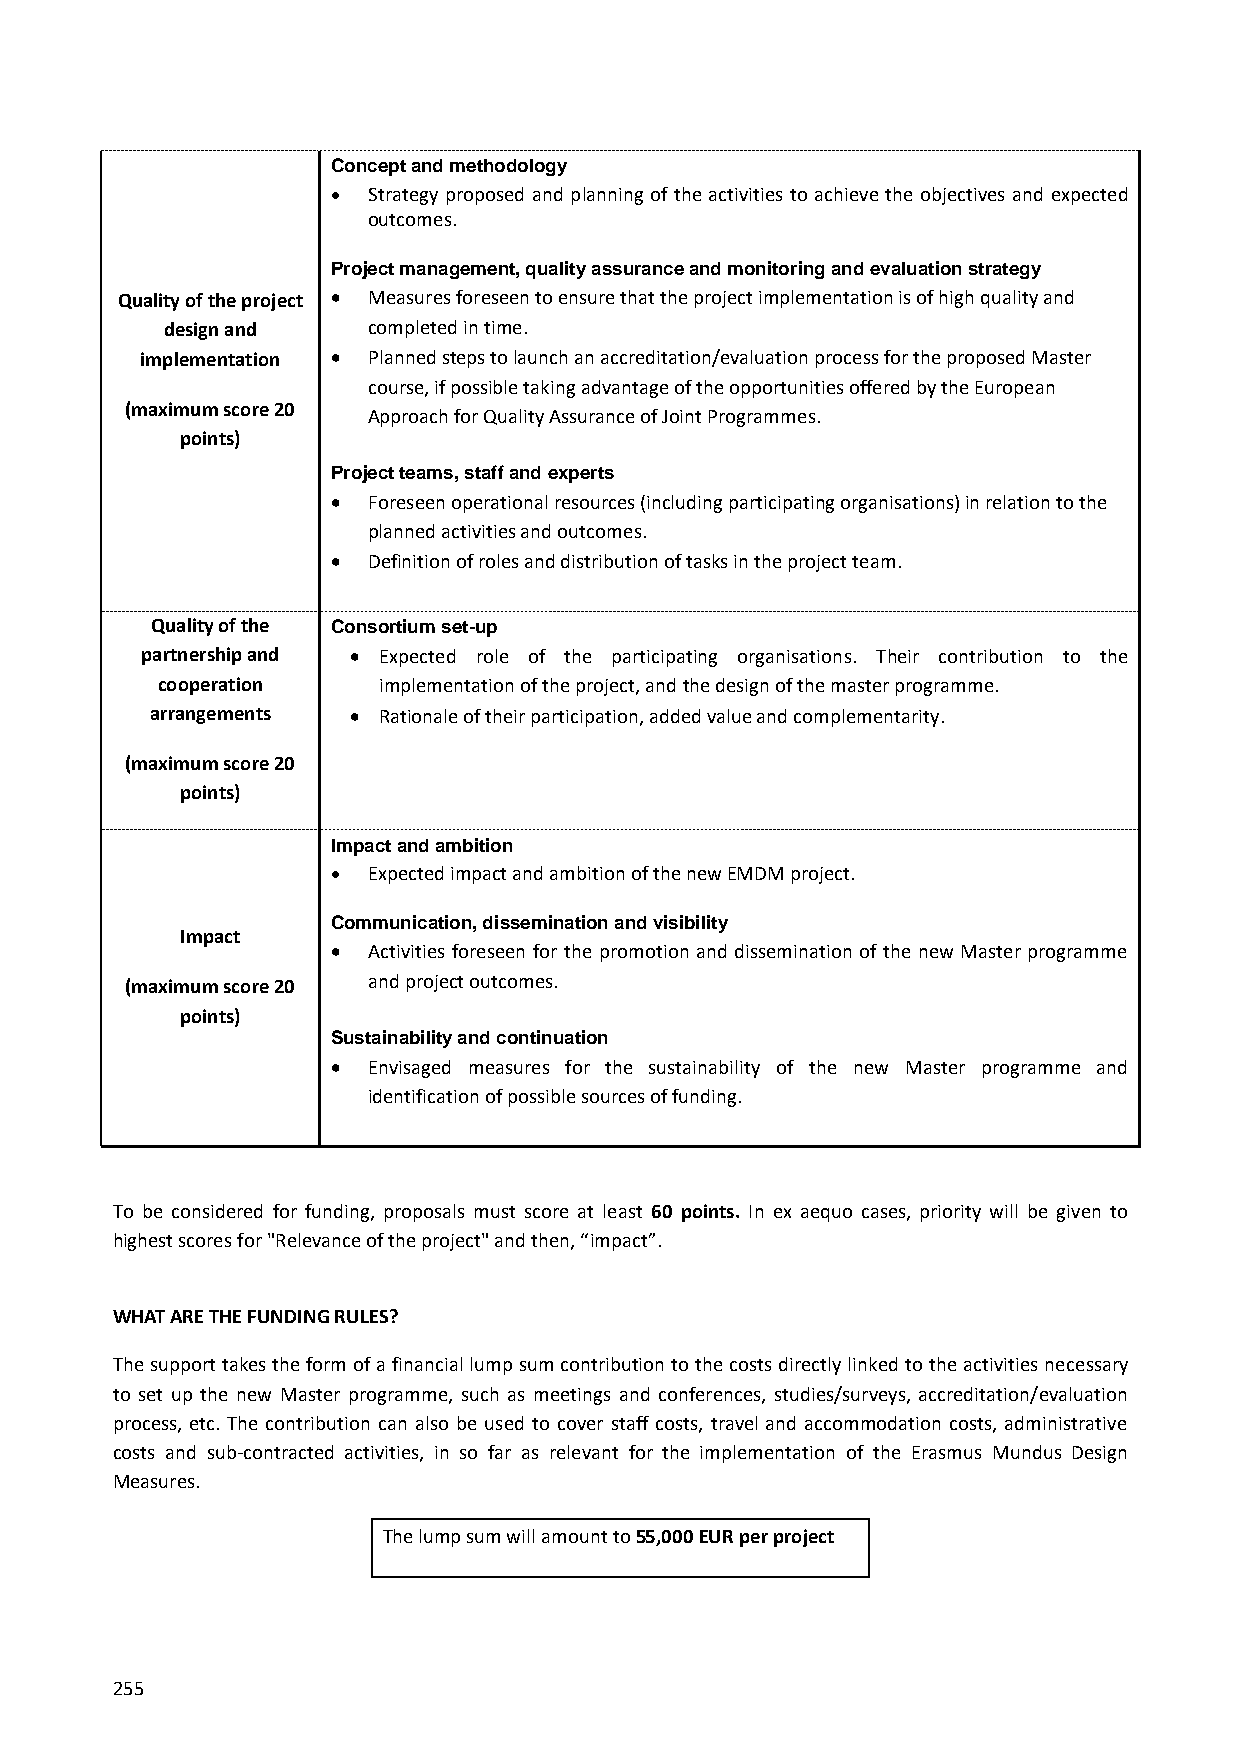
Concept and methodology
  Strategy proposed and planning of the activities to achieve the objectives and expected
 outcomes.
 Project management, quality assurance and monitoring and evaluation strategy
 Quality of the project  Measures foreseen to ensure that the project implementation is of high quality and
 design and   completed in time.
 implementation  Planned steps to launch an accreditation/evaluation process for the proposed Master
 course, if possible taking advantage of the opportunities offered by the European
 (maximum score 20
 Approach for Quality Assurance of Joint Programmes.
 points)
 Project teams, staff and experts
  Foreseen operational resources (including participating organisations) in relation to the
 planned activities and outcomes.
  Definition of roles and distribution of tasks in the project team.
 Quality of the Consortium set-up
 partnership and  Expected role of the participating organisations. Their contribution to the
 cooperation    implementation of the project, and the design of the master programme.
 arrangements  Rationale of their participation, added value and complementarity.
 (maximum score 20
 points)
 Impact and ambition
  Expected impact and ambition of the new EMDM project.
 Communication, dissemination and visibility
 Impact
  Activities foreseen for the promotion and dissemination of the new Master programme
 (maximum score 20 and project outcomes.
 points)
 Sustainability and continuation
  Envisaged measures for the sustainability of the new Master programme and
 identification of possible sources of funding.
 To be considered for funding, proposals must score at least 60 points. In ex aequo cases, priority will be given to
 highest scores for "Relevance of the project" and then, “impact”.
 WHAT ARE THE FUNDING RULES?
 The support takes the form of a financial lump sum contribution to the costs directly linked to the activities necessary
 to set up the new Master programme, such as meetings and conferences, studies/surveys, accreditation/evaluation
 process, etc. The contribution can also be used to cover staff costs, travel and accommodation costs, administrative
 costs and sub-contracted activities, in so far as relevant for the implementation of the Erasmus Mundus Design
 Measures.
 The lump sum will amount to 55,000 EUR per project
 255